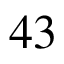
4 3